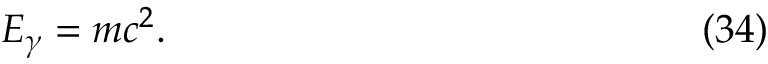
E _ { \gamma } = m c ^ { 2 } . \eqno ( 3 4 )